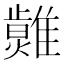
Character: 𤒂